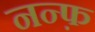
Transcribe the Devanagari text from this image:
नन्फ़